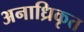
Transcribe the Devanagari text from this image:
अनाध्रिकृत